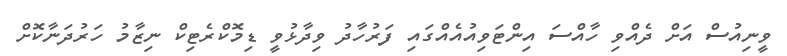
ވީނިއުސް އަށް ދެއްވި ހާއްސަ އިންޓަވިއުއެއްގައި ފަރުހާދު ވިދާޅުވީ ޑިމޮކްރެޓިކް ނިޒާމު ހަރުދަނާކޮށް